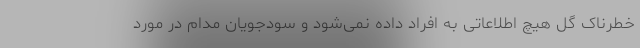
خطرناک گل هیچ اطلاعاتی به افراد داده نمی‌شود و سودجویان مدام در مورد